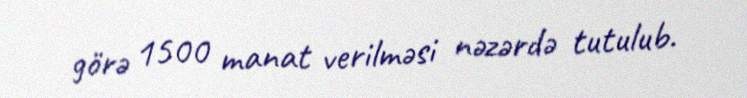
görə 1500 manat verilməsi nəzərdə tutulub.